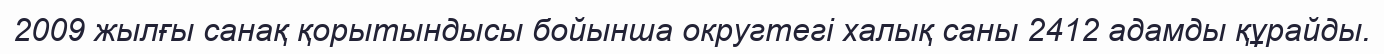
2009 жылғы санақ қорытындысы бойынша округтегі халық саны 2412 адамды құрайды.